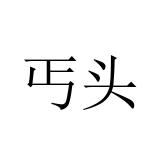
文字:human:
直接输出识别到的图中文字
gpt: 丐头